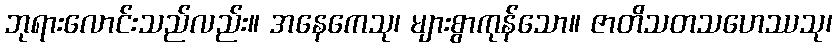
ဘုရားလောင်းသည်လည်း။ အနေကေသု၊ များစွာကုန်သော။ ဇာတိသတသဟေဿသု၊